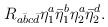
LaTeX: \begin{align*}R_{a\bar b c\bar d}\eta^a_1\bar\eta^b_1\eta^a_2\bar\eta^d_2.\end{align*}